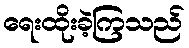
ရေးထိုးခဲ့ကြသည်